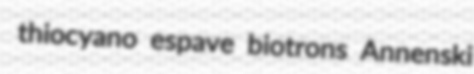
thiocyano espave biotrons Annenski